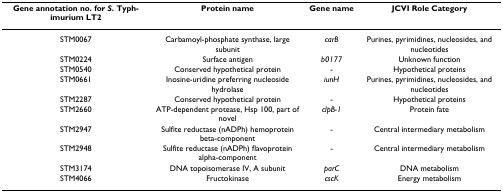
<table><thead><tr><td><b>Gene annotation no. for <i>S</i>. Typhimurium LT2</b></td><td><b>Protein name</b></td><td><b>Gene name</b></td><td><b>JCVI Role Category</b></td></tr></thead><tbody><tr><td>STM0067</td><td>Carbamoyl-phosphate synthase, large subunit</td><td><i>carB</i></td><td>Purines, pyrimidines, nucleosides, and nucleotides</td></tr><tr><td>STM0224</td><td>Surface antigen</td><td><i>b0177</i></td><td>Unknown function</td></tr><tr><td>STM0540</td><td>Conserved hypothetical protein</td><td>-</td><td>Hypothetical proteins</td></tr><tr><td>STM0661</td><td>Inosine-uridine preferring nucleoside hydrolase</td><td><i>iunH</i></td><td>Purines, pyrimidines, nucleosides, and nucleotides</td></tr><tr><td>STM2287</td><td>Conserved hypothetical protein</td><td>-</td><td>Hypothetical proteins</td></tr><tr><td>STM2660</td><td>ATP-dependent protease, Hsp 100, part of novel</td><td><i>clpB-1</i></td><td>Protein fate</td></tr><tr><td>STM2947</td><td>Sulfite reductase (nADPh) hemoprotein beta-component</td><td>-</td><td>Central intermediary metabolism</td></tr><tr><td>STM2948</td><td>Sulfite reductase (nADPh) flavoprotein alpha-component</td><td>-</td><td>Central intermediary metabolism</td></tr><tr><td>STM3174</td><td>DNA topoisomerase IV, A subunit</td><td><i>parC</i></td><td>DNA metabolism</td></tr><tr><td>STM4066</td><td>Fructokinase</td><td><i>cscK</i></td><td>Energy metabolism</td></tr></tbody></table>